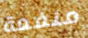
منفعة